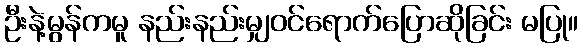
ဦးနဲ့မွန်ကမူ နည်းနည်းမျှဝင်ရောက်ပြောဆိုခြင်း မပြု။